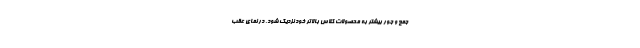
جمع و جور بیشتر به محصولات کلاس بالاتر خود نزدیک شود. در نمای عقب